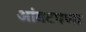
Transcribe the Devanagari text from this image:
आंबटपणा